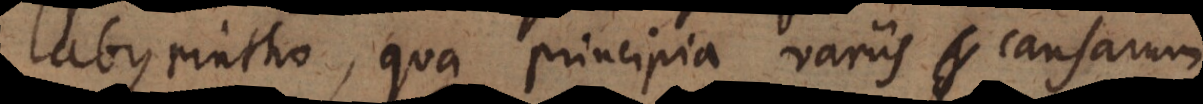
labyrintho, qua principia variis causarum